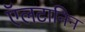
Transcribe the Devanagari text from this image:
ऍलटानिन